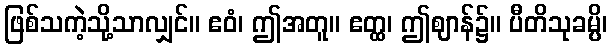
ဖြစ်သကဲ့သို့သာလျှင်။ ဧဝံ၊ ဤအတူ။ ဧတ္ထ၊ ဤဈာန်၌။ ပီတိသုခမ္ပိ၊